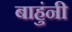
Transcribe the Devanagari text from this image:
बाहुंनी